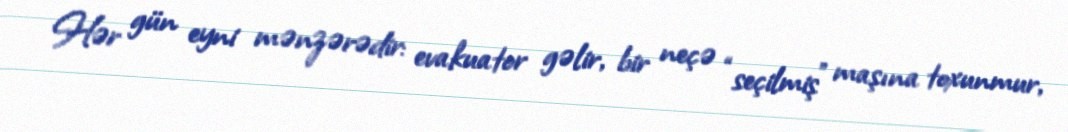
Hər gün eyni mənzərədir: evakuator gəlir, bir neçə “seçilmiş” maşına toxunmur,